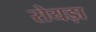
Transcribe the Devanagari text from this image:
रोयड़ा